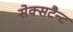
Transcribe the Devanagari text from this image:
सेक्सटैन्ट